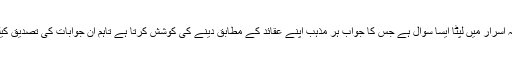
مرنے کے بعد کیا ہو گا یہ اسرار میں لپٹا ایسا سوال ہے جس کا جواب ہر مذہب اپنے عقائد کے مطابق دینے کی کوشش کرتا ہے تاہم ان جوابات کی تصدیق کیلئے بھی مرنا ہی پڑے گا۔